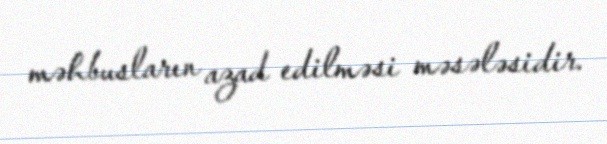
məhbusların azad edilməsi məsələsidir.